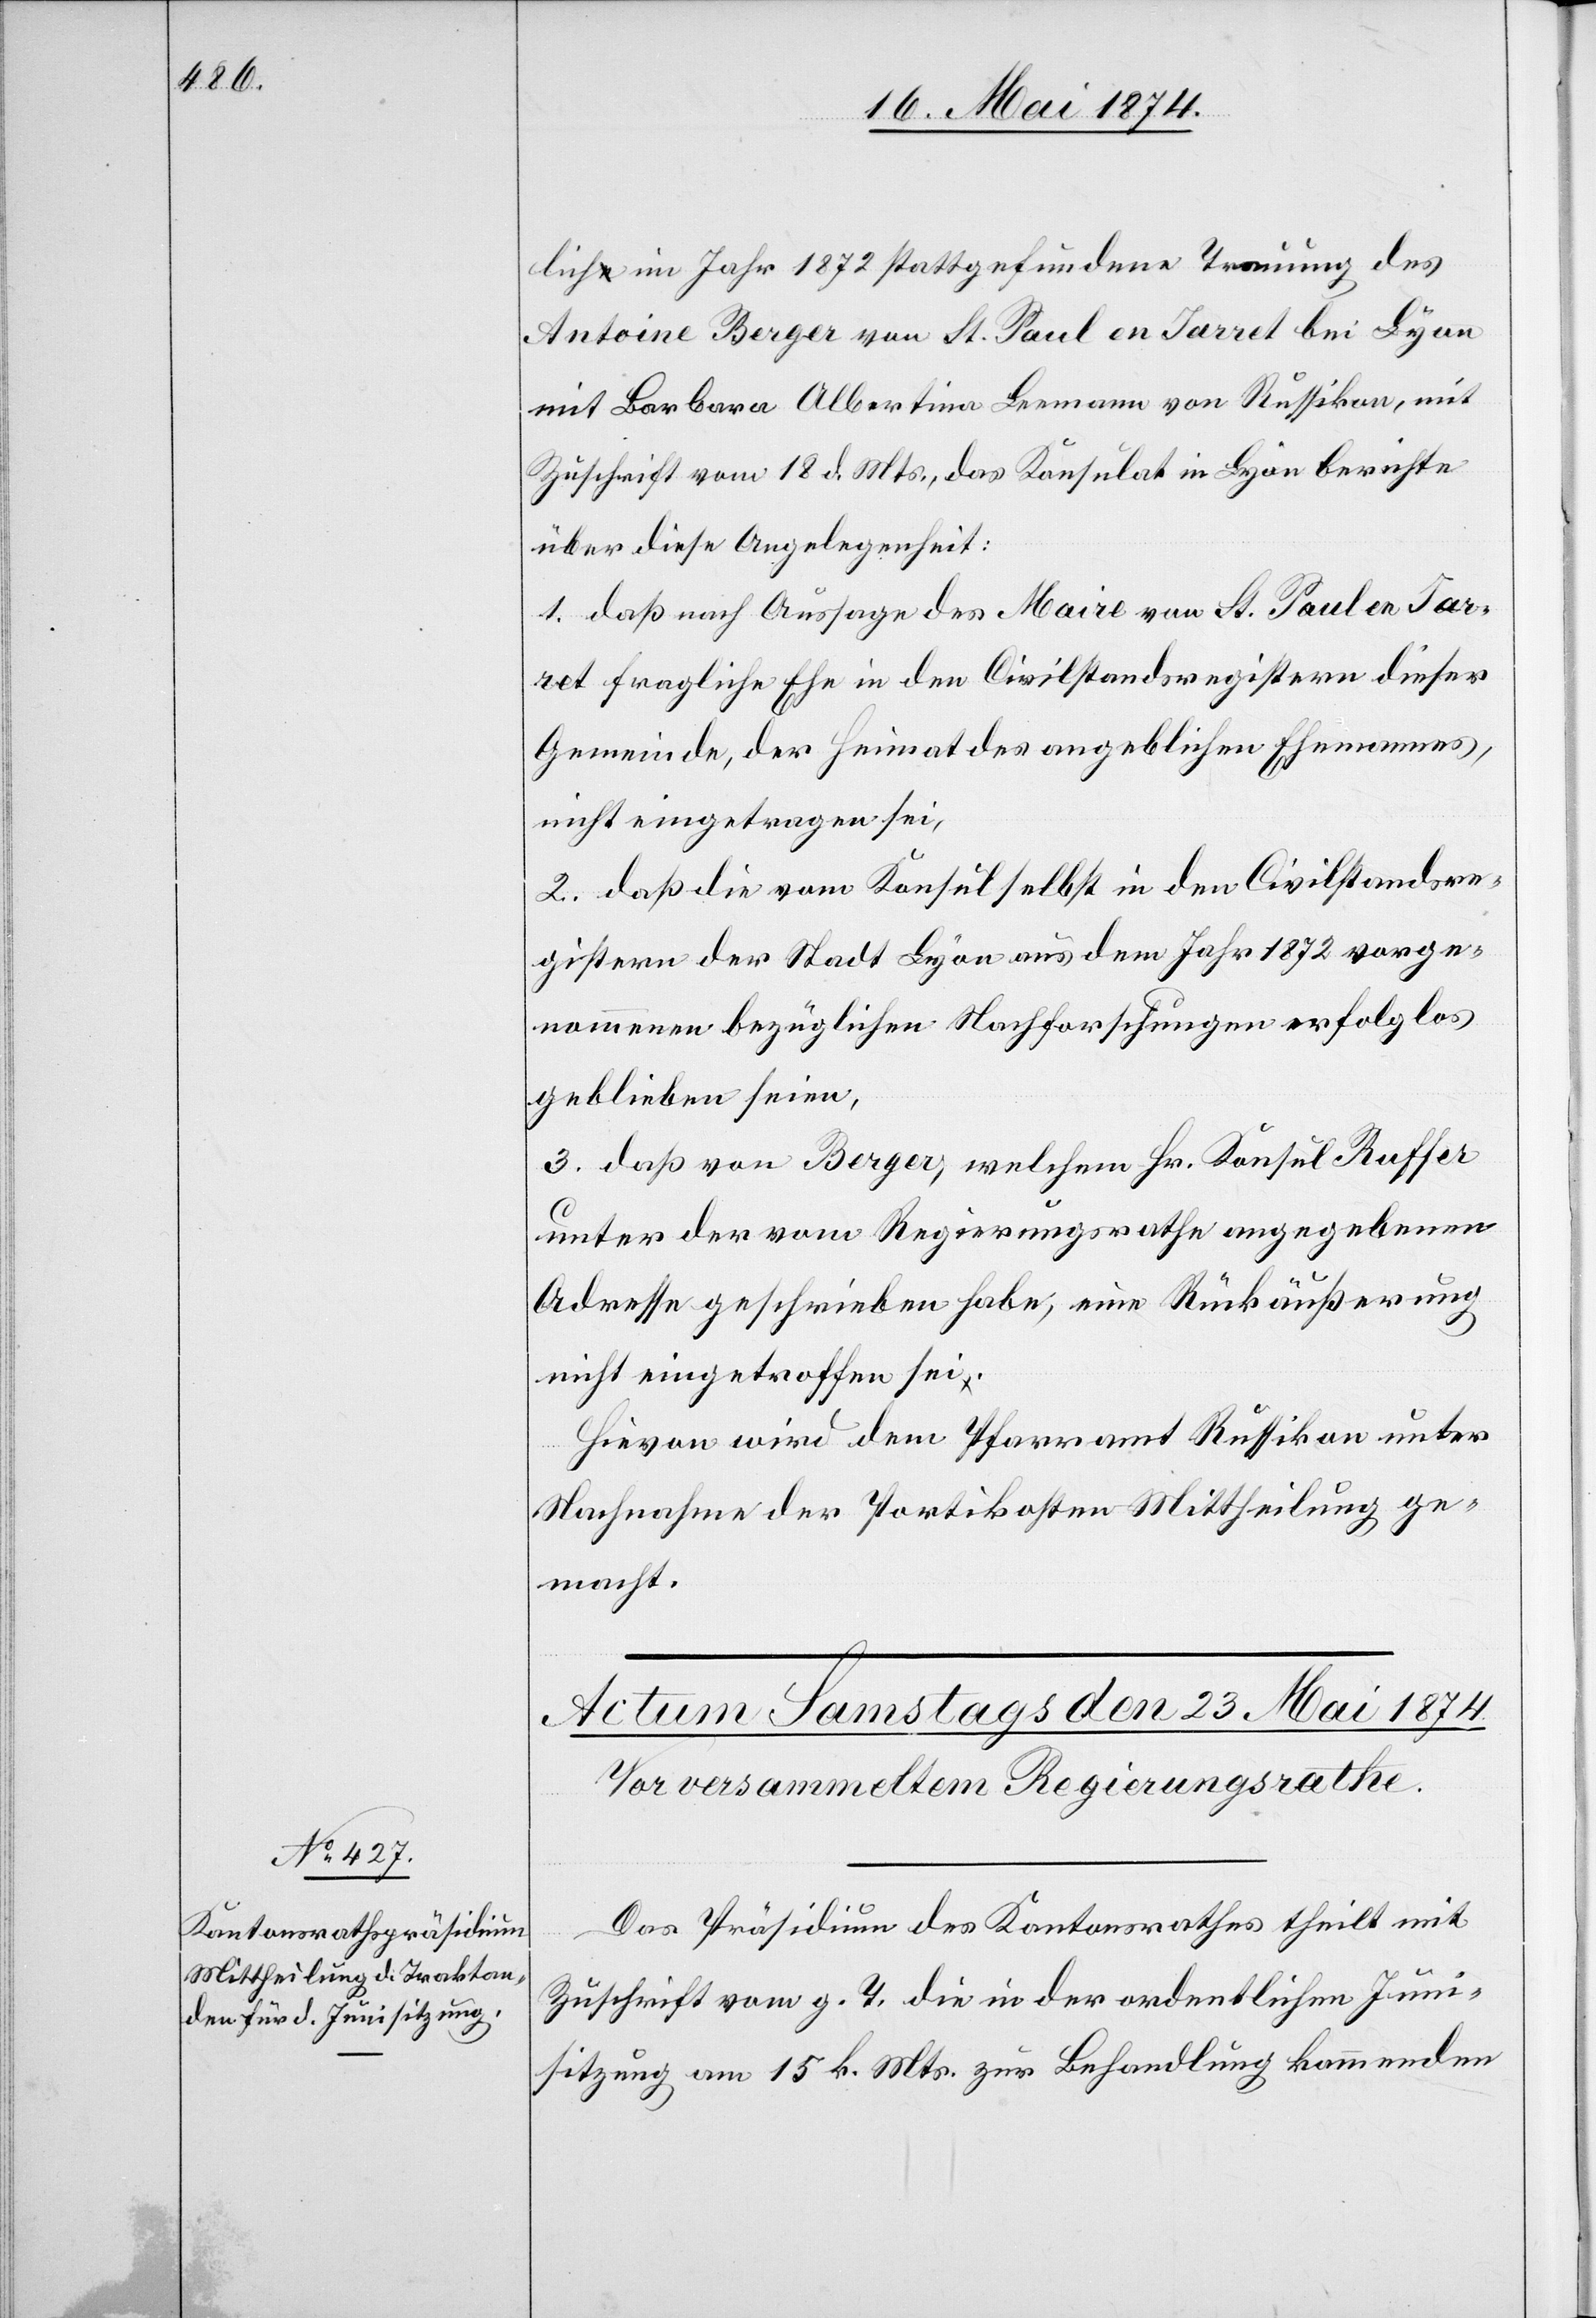
lich im Jahr 1872 stattgefundene Trauung des
Antoine [sic!] Berger von St. Paul en Jarret bei Lyon
mit Barbara Albertina Leemann von Russikon, mit
Zuschrift vom 18. d. Mts., das Konsulat in Lyon berichte
über diese Angelegenheit:
1. daß nach Aussage des Maire von St. Paul en Jarr¬
et fragliche Ehe in den Civilstandsregistern dieser
Gemeinde, der Heimat des angeblichen Ehemannes,
nicht eingetragen sei,
2. daß die vom Konsul selbst in den Civilstandsre¬
gistern der Stadt Lyon aus dem Jahr 1872 vorge¬
nommenen bezüglichen Nachforschungen erfolglos
geblieben seien,
3. daß von Berger, welchem Hr. Konsul Ruffer
unter der vom Regierungsrathe angegebenen
Adresse geschrieben habe, eine Rückäußerung
nicht eingetroffen sei.
Hievon wird dem Pfarramt Russikon unter
Nachnahme der Portikosten Mittheilung ge¬
macht.
Das Präsidium des Kantonsrathes theilt mit
Zuschrift vom g. T. die in der ordentlichen Juni¬
sitzung am 15. k. Mts. zur Behandlungen kommenden